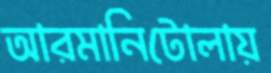
আরমানিটোলায়